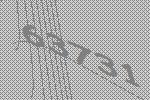
63731